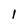
Character: 1